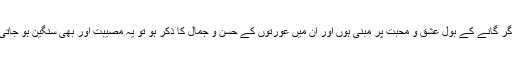
اور اگر گانے کے بول عشق و محبت پر مبنی ہوں اور ان میں عورتوں کے حسن و جمال کا ذکر ہو تو یہ مصیبت اور بھی سنگین ہو جاتی ہے۔